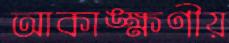
আকাঙ্ক্ষণীয়